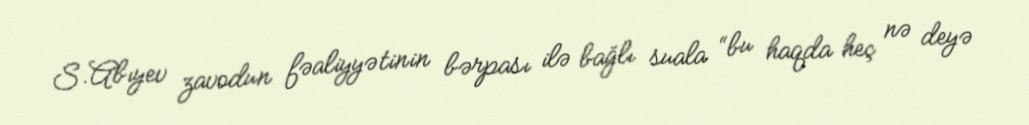
S.Abıyev zavodun fəaliyyətinin bərpası ilə bağlı suala “bu haqda heç nə deyə